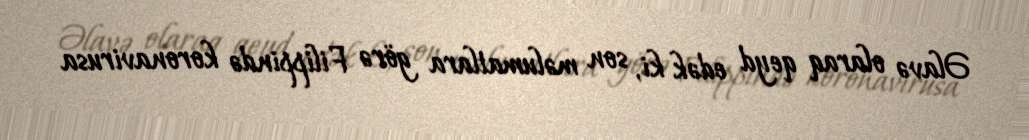
Əlavə olaraq qeyd edək ki, son məlumatlara görə Filippində koronavirusa